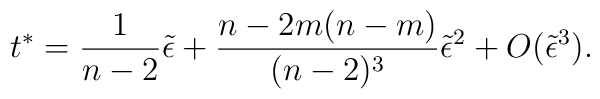
t^\ast =   {1 \over n-2}\tilde \epsilon+{n-2 m(n-m) \over (n-2)^3}\tilde \epsilon^2+ O(\tilde\epsilon^3).